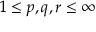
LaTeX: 1 \leq p , q , r \leq \infty